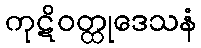
ကုဋိဝတ္ထုဒေသနံ